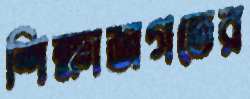
শিক্ষাজগতের